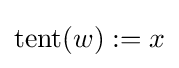
\operatorname {tent} (w):=x